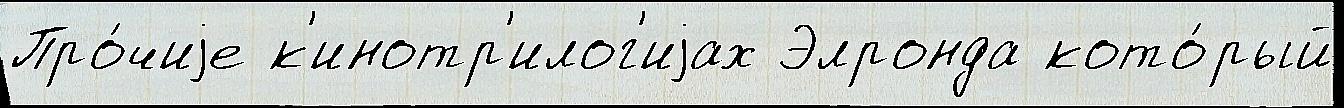
Про́чиjе к'инотр'илог'иjах Элронда кото́рый